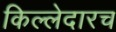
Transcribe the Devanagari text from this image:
किल्लेदारच